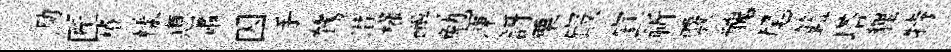
泐匠椿樣恵肅囚手鷟潜權嚼勉凍訝栗㝡宣祈覈醜尾籃塔貍特